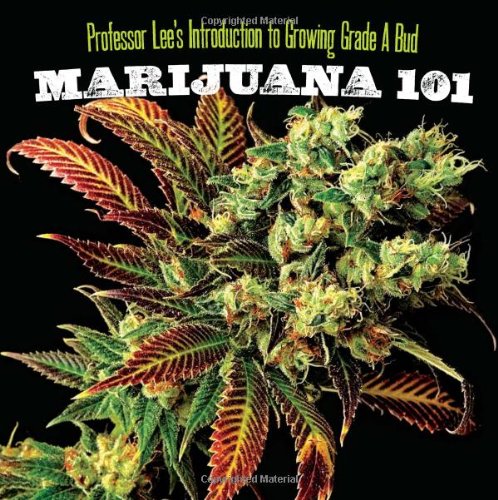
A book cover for Marijuana 101; Professor Lee; Crafts, Hobbies & Home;